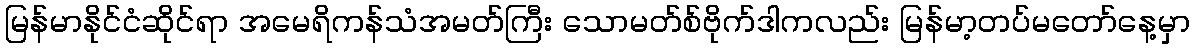
မြန်မာနိုင်ငံဆိုင်ရာ အမေရိကန်သံအမတ်ကြီး သောမတ်စ်ဗိုက်ဒါကလည်း မြန်မာ့တပ်မတော်နေ့မှာ